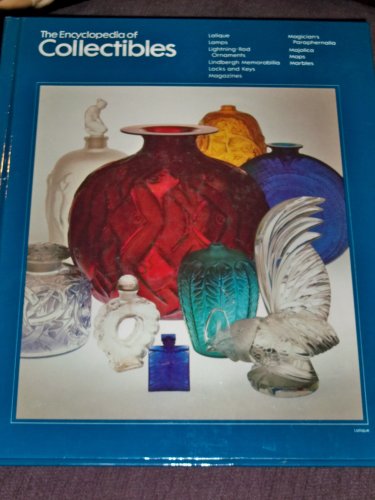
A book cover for The Encyclopedia of Collectibles: Lalique to Marbles; Time Life Book Editors; Crafts, Hobbies & Home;